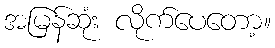
အမြန်ဆုံး လိုက်ပေတော့။